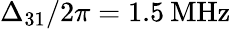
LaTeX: \Delta_{31}/2\pi=1.5\: \mathrm{MHz}